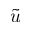
\tilde { u }